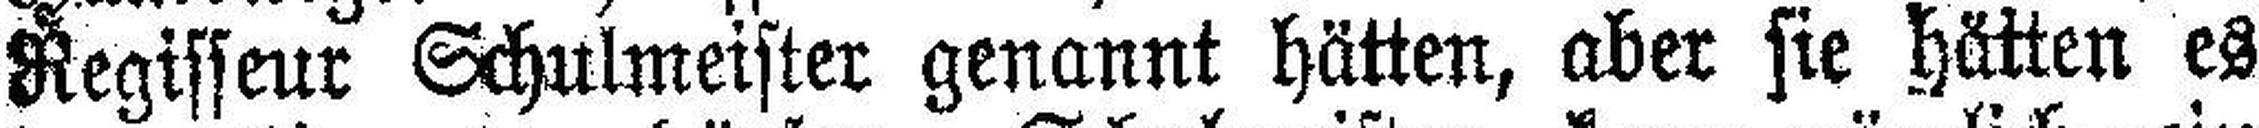
Regisseur Schulmeister genannt hätten, aber sie hätten es